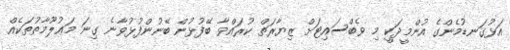
އަޅުގަނޑުމެންގެ އުންމީދަކީ މި ވެބްސައިޓަށް ޒިޔާރަތް ކުރައްވާ ބޭފުޅުން ބޭނުންފުޅުވާނެ ގިނަ މަޢުލޫމާތުތަކެއް